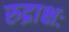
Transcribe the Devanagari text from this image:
रुद्राक्षः